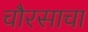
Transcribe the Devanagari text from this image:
चौरसाचा